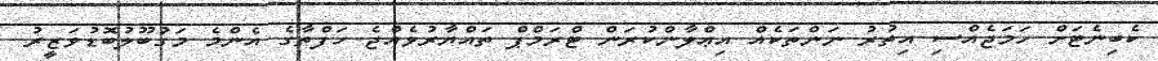
ކެބިނެޓަށް ހަމަޖެއްސި އިތުރު ނަންތަކެއް އިޢްލާންކުރަން ޓްރަމްޕް ތައްޔާރުވެެއްޖެ ހަފްތާގެ އެންމެ މަގުބޫލުބޮޑުވަޒީރު